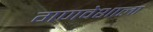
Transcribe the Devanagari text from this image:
गणवेशाला